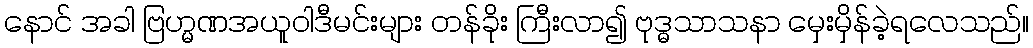
နောင် အခါ ဗြဟ္မဏအယူဝါဒီမင်းများ တန်ခိုး ကြီးလာ၍ ဗုဒ္ဓသာသနာ မှေးမှိန်ခဲ့ရလေသည်။